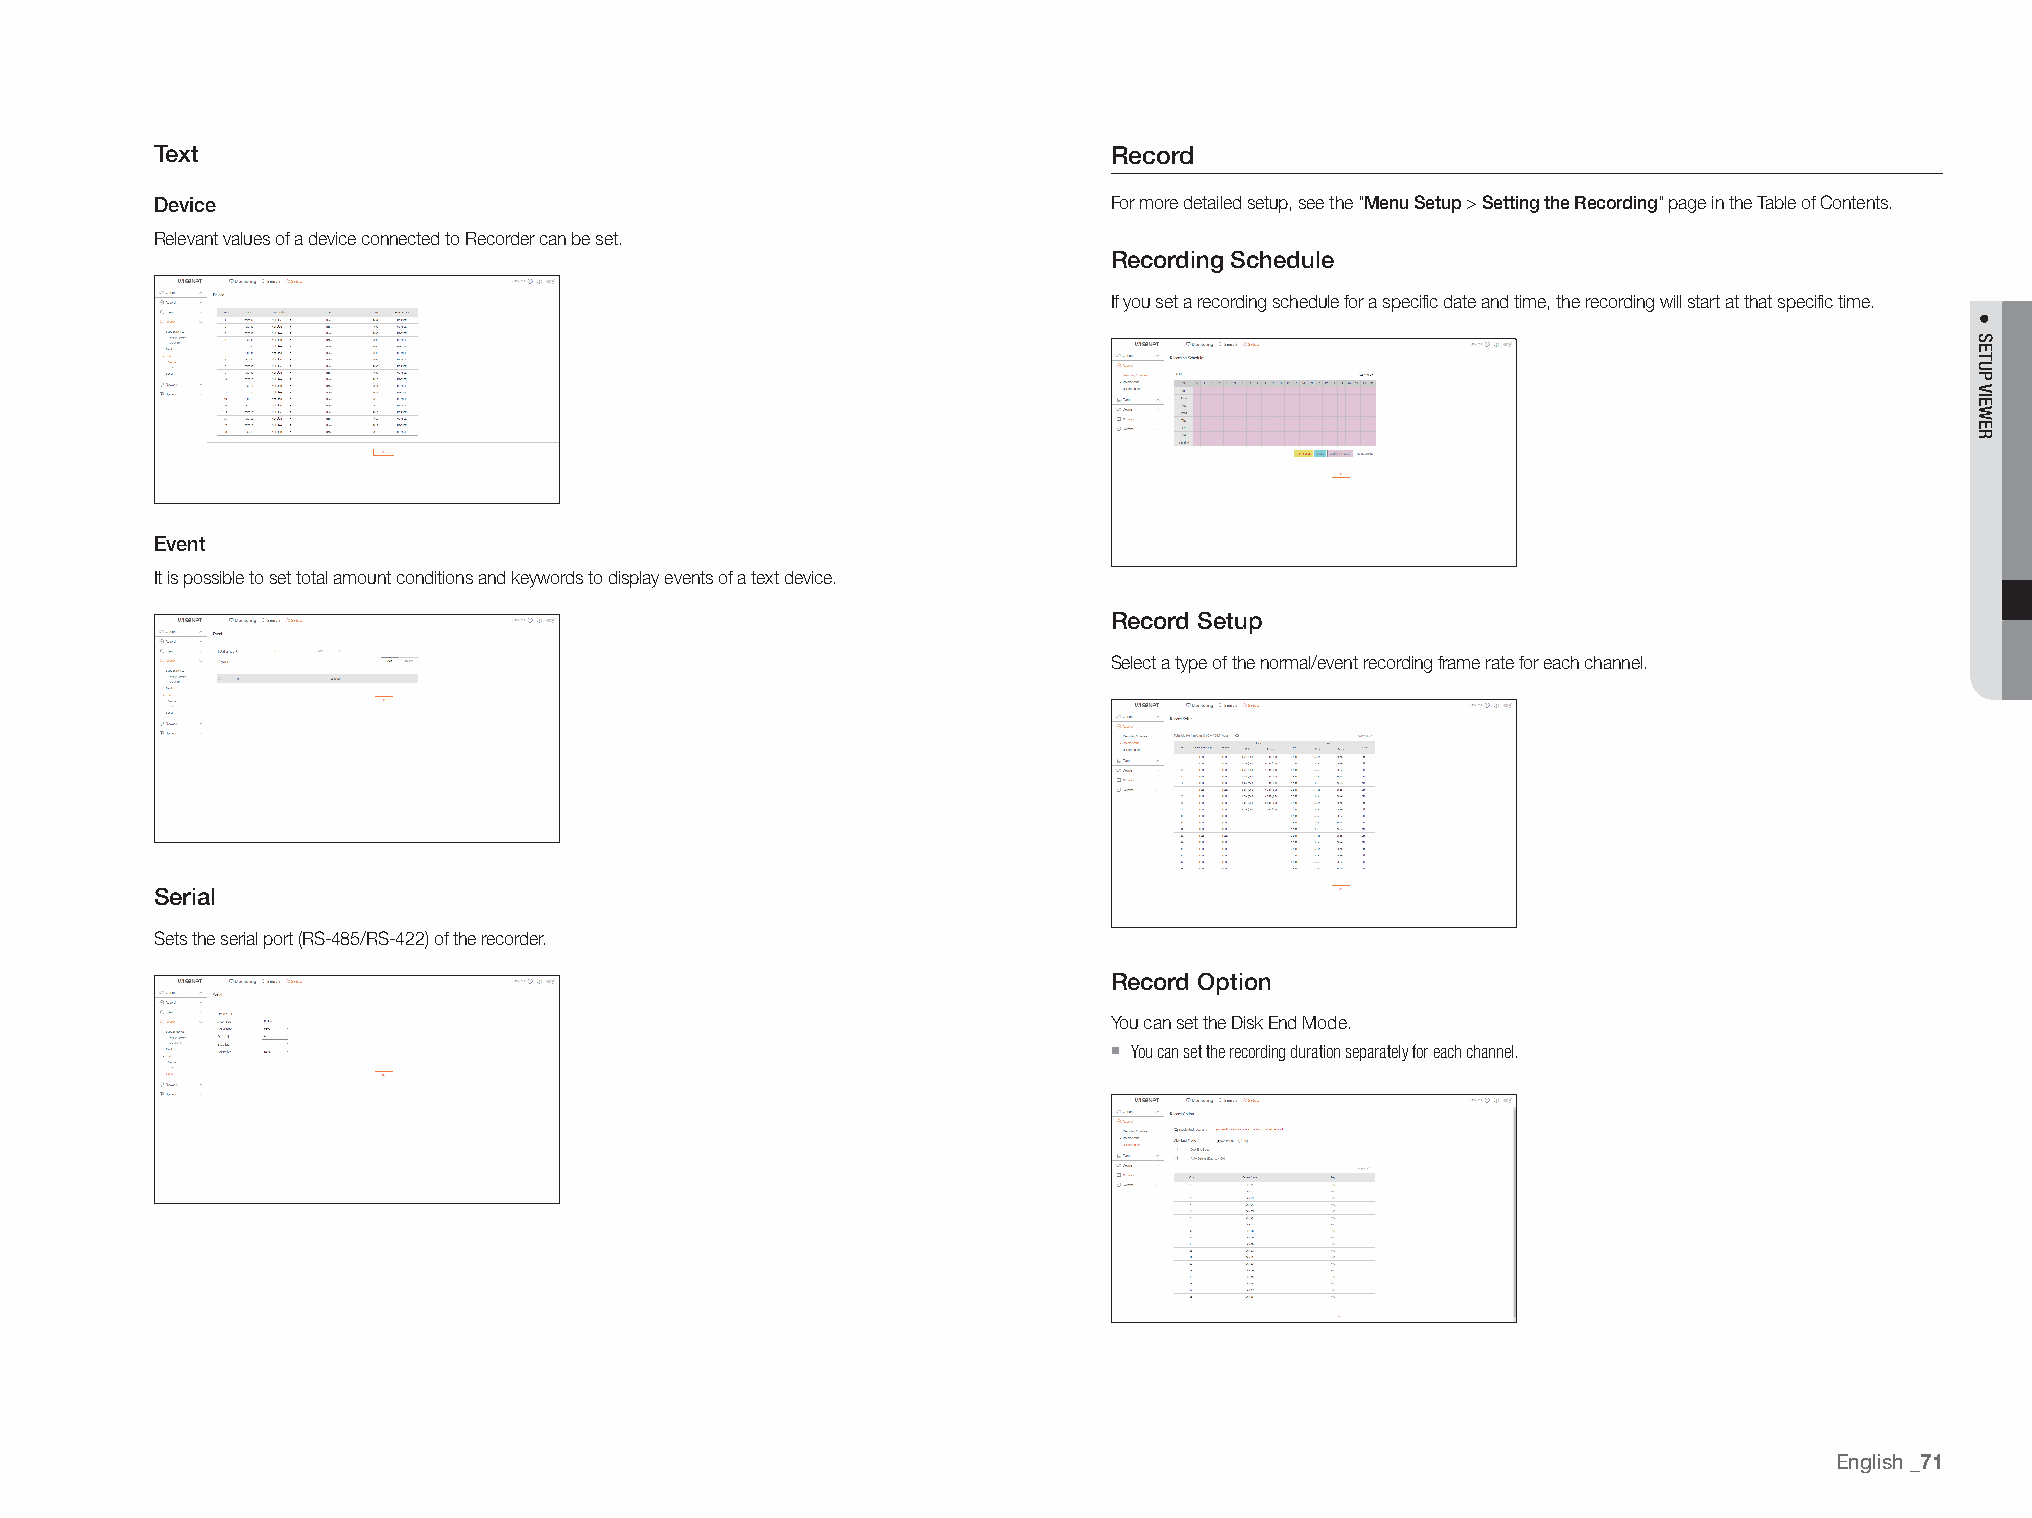
Text                                                            record
 Device                                                          For more detailed setup, see the "Menu Setup > Setting the recording" page in the Table of Contents.
 Relevant values of a device connected to Recorder can be set.
 recording Schedule
 If you set a recording schedule for a specific date and time, the recording will start at that specific time.
 Event
 It is possible to set total amount conditions and keywords to display events of a text device.
 record Setup
 Select a type of the normal/event recording frame rate for each channel.
 Serial
 Sets the serial port (RS-485/RS-422) of the recorder.
 record Option
 You can set the Disk End Mode.
 `
 You can set the recording duration separately for each channel.
 English
 _71
 ●
 setup
 viewer